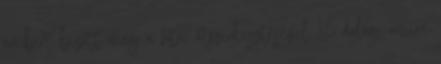
embert bízott meg a fotói átszerkesztésével 16 dolog, amire